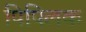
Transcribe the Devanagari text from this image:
पिपिलक